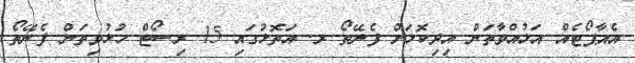
އެއާޕޯޓެއް އަޅުއްވާތަން އިދިކޮޅަށް ފެނޭތޯ ރ. އަތޮޅުގައި 15 ރިސޯޓް ހުޅުވިތަން ފެނޭތޯ